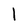
Character: 1